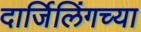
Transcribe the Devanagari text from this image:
दार्जिलिंगच्या